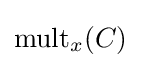
{\operatorname {mult} _{x}(C)}